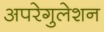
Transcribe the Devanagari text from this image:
अपरेगुलेशन